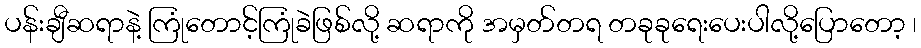
ပန်းချီဆရာနဲ့ ကြုံတောင့်ကြုံခဲဖြစ်လို့ ဆရာကို အမှတ်တရ တခုခုရေးပေးပါလို့ပြောတော့ ၊